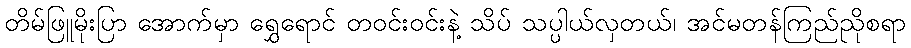
တိမ်ဖြူမိုးပြာ အောက်မှာ ရွှေရောင် တဝင်းဝင်းနဲ့ သိပ် သပ္ပါယ်လှတယ်၊ အင်မတန်ကြည်ညိုစရာ